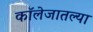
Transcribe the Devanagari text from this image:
कॉलेजातल्या